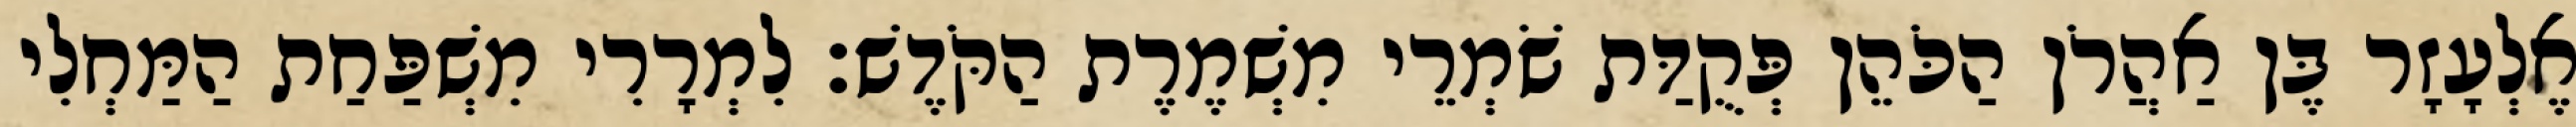
אֶלְעָזָר בֶּן אַהֲרֹן הַכֹּהֵן פְּקֻדַּת שֹׁמְרֵי מִשְׁמֶרֶת הַקֹּדֶשׁ׃ לִמְרָרִי מִשְׁפַּחַת הַמַּחְלִי